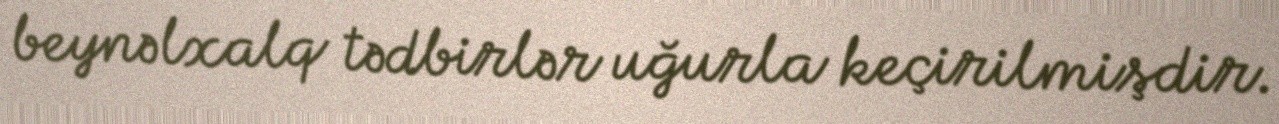
beynəlxalq tədbirlər uğurla keçirilmişdir.